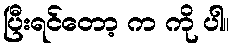
ပြီးရင်တော့ က ကို ပါ။